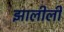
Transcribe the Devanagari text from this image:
झालीली